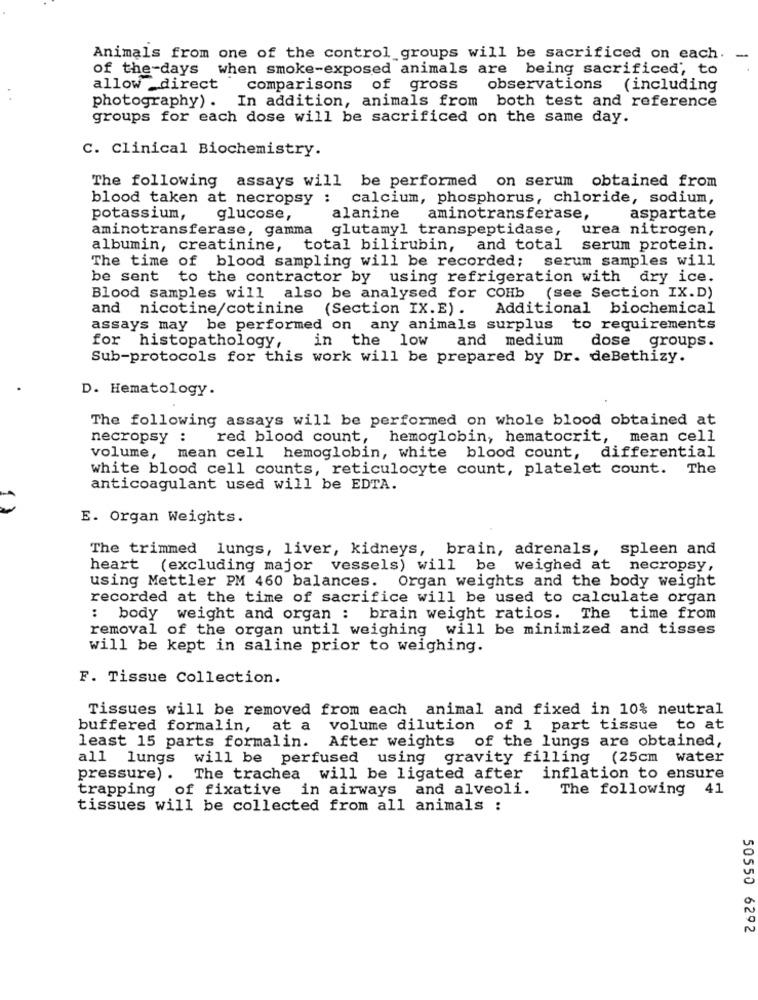
Animals from one of the control groups will be sacrificed on each.
-
of the-days when smoke-exposed animals are being sacrificed, to
allow _direct "
comparisons of gross
observations
(including
photography) . In addition, animals from both test and reference
groups for each dose will be sacrificed on the same day.
C. Clinical Biochemistry.
The following assays will be performed on serum obtained from
blood taken at necropsy : calcium, phosphorus, chloride, sodium,
potassium, glucose,
alanine
aminotransferase,
aspartate
aminotransferase, gamma glutamyl transpeptidase,
urea nitrogen,
albumin, creatinine, total bilirubin, and total serum protein.
The time of blood sampling will be recorded; serum samples will
be sent to the contractor by using refrigeration with dry ice.
Blood samples will also be analysed for COHb (see Section IX.D)
and nicotine/cotinine (Section IX.E). Additional biochemical
assays may be performed on any animals surplus to requirements
dose groups.
for histopathology, in the low and medium
Sub-protocols for this work will be prepared by Dr. deBethizy.
D. Hematology.
The following assays will be performed on whole blood obtained at
necropsy : red blood count, hemoglobin, hematocrit, mean cell
volume, mean cell hemoglobin, white blood count, differential
white blood cell counts, reticulocyte count, platelet count. The
anticoagulant used will be EDTA.
E. Organ Weights.
The trimmed lungs, liver, kidneys, brain, adrenals, spleen and
heart (excluding major vessels) will be weighed at necropsy,
using Mettler PM 460 balances. Organ weights and the body weight
recorded at the time of sacrifice will be used to calculate organ
: body weight and organ : brain weight ratios.
The time from
removal of the organ until weighing will be minimized and tisses
will be kept in saline prior to weighing.
F. Tissue Collection.
Tissues will be removed from each animal and fixed in 10% neutral
buffered formalin,
at a volume dilution of 1 part tissue to at
After weights of the lungs are obtained,
least 15 parts formalin.
all lungs
will be perfused using gravity filling (25cm water
pressure) .
The trachea will be ligated after inflation to ensure
trapping of fixative in airways and alveoli.
The following 41
tissues will be collected from all animals :
50550 6292